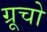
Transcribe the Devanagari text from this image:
ग्रूचो